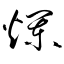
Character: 爤